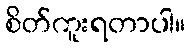
စိတ်ကူးရတာပါ။